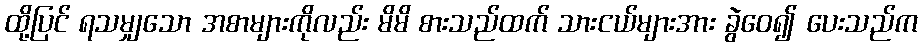
ထို့ပြင် ရသမျှသော အစာများကိုလည်း မိမိ စားသည်ထက် သားငယ်များအား ခွဲဝေ၍ ပေးသည်က